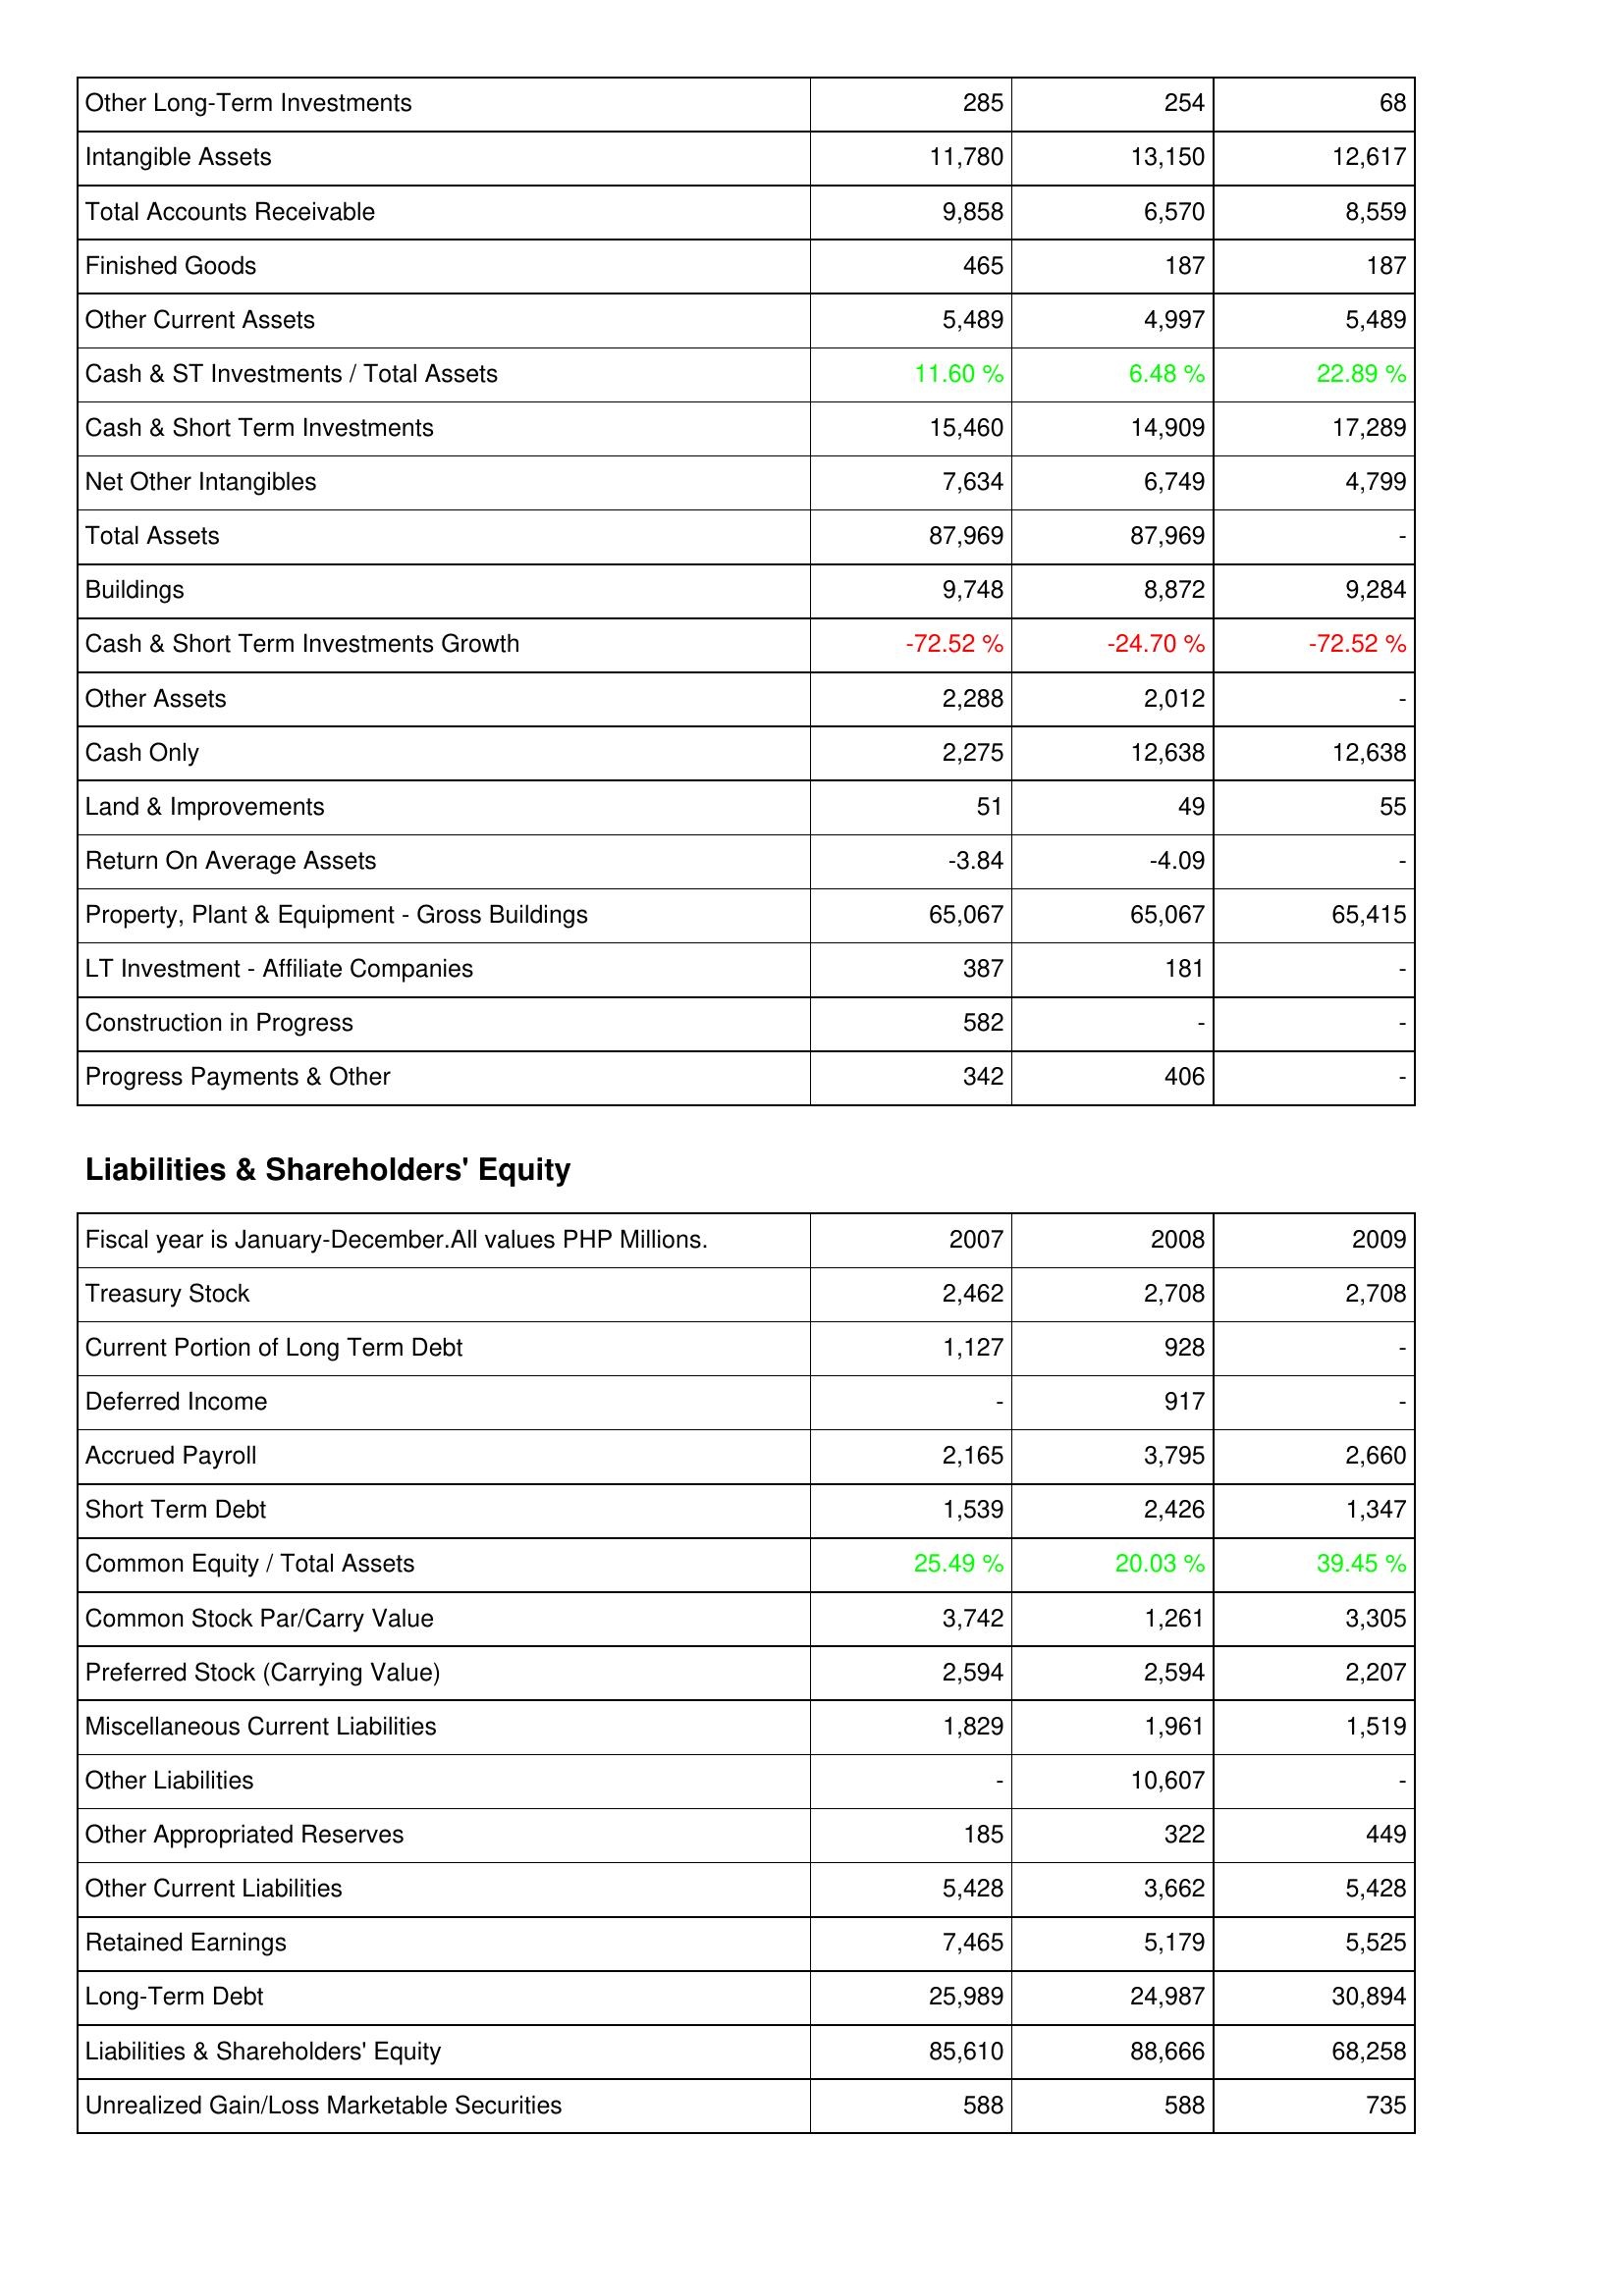
2007: Assets: Other Long-Term Investments: 285
Intangible Assets: 11,780
Total Accounts Receivable: 9,858
Finished Goods: 465
Other Current Assets: 5,489
Cash & ST Investments / Total Assets: 11.60 %
Cash & Short Term Investments: 15,460
Net Other Intangibles: 7,634
Total Assets: 87,969
Buildings: 9,748
Cash & Short Term Investments Growth: -72.52 %
Other Assets: 2,288
Cash Only: 2,275
Land & Improvements: 51
Return On Average Assets: -3.84
Property, Plant & Equipment - Gross Buildings: 65,067
LT Investment - Affiliate Companies: 387
Construction in Progress: 582
Progress Payments & Other: 342
Liabilities & Shareholders' Equity: Treasury Stock: 2,462
Current Portion of Long Term Debt: 1,127
Deferred Income: -
Accrued Payroll: 2,165
Short Term Debt: 1,539
Common Equity / Total Assets: 25.49 %
Common Stock Par/Carry Value: 3,742
Preferred Stock (Carrying Value): 2,594
Miscellaneous Current Liabilities: 1,829
Other Liabilities: -
Other Appropriated Reserves: 185
Other Current Liabilities: 5,428
Retained Earnings: 7,465
Long-Term Debt: 25,989
Liabilities & Shareholders' Equity: 85,610
Unrealized Gain/Loss Marketable Securities: 588
2008: Assets: Other Long-Term Investments: 254
Intangible Assets: 13,150
Total Accounts Receivable: 6,570
Finished Goods: 187
Other Current Assets: 4,997
Cash & ST Investments / Total Assets: 6.48 %
Cash & Short Term Investments: 14,909
Net Other Intangibles: 6,749
Total Assets: 87,969
Buildings: 8,872
Cash & Short Term Investments Growth: -24.70 %
Other Assets: 2,012
Cash Only: 12,638
Land & Improvements: 49
Return On Average Assets: -4.09
Property, Plant & Equipment - Gross Buildings: 65,067
LT Investment - Affiliate Companies: 181
Construction in Progress: -
Progress Payments & Other: 406
Liabilities & Shareholders' Equity: Treasury Stock: 2,708
Current Portion of Long Term Debt: 928
Deferred Income: 917
Accrued Payroll: 3,795
Short Term Debt: 2,426
Common Equity / Total Assets: 20.03 %
Common Stock Par/Carry Value: 1,261
Preferred Stock (Carrying Value): 2,594
Miscellaneous Current Liabilities: 1,961
Other Liabilities: 10,607
Other Appropriated Reserves: 322
Other Current Liabilities: 3,662
Retained Earnings: 5,179
Long-Term Debt: 24,987
Liabilities & Shareholders' Equity: 88,666
Unrealized Gain/Loss Marketable Securities: 588
2009: Assets: Other Long-Term Investments: 68
Intangible Assets: 12,617
Total Accounts Receivable: 8,559
Finished Goods: 187
Other Current Assets: 5,489
Cash & ST Investments / Total Assets: 22.89 %
Cash & Short Term Investments: 17,289
Net Other Intangibles: 4,799
Total Assets: -
Buildings: 9,284
Cash & Short Term Investments Growth: -72.52 %
Other Assets: -
Cash Only: 12,638
Land & Improvements: 55
Return On Average Assets: -
Property, Plant & Equipment - Gross Buildings: 65,415
LT Investment - Affiliate Companies: -
Construction in Progress: -
Progress Payments & Other: -
Liabilities & Shareholders' Equity: Treasury Stock: 2,708
Current Portion of Long Term Debt: -
Deferred Income: -
Accrued Payroll: 2,660
Short Term Debt: 1,347
Common Equity / Total Assets: 39.45 %
Common Stock Par/Carry Value: 3,305
Preferred Stock (Carrying Value): 2,207
Miscellaneous Current Liabilities: 1,519
Other Liabilities: -
Other Appropriated Reserves: 449
Other Current Liabilities: 5,428
Retained Earnings: 5,525
Long-Term Debt: 30,894
Liabilities & Shareholders' Equity: 68,258
Unrealized Gain/Loss Marketable Securities: 735